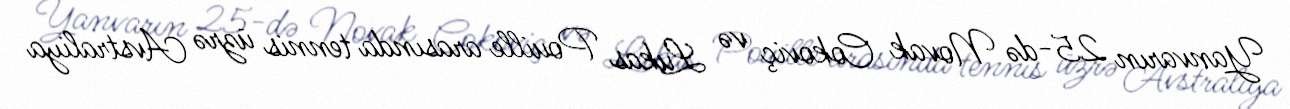
Yanvarın 25-də Novak Cokoviç və Lukas Pouille arasında tennis üzrə Avstraliya